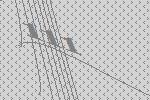
111